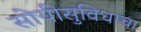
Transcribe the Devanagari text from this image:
सोयीसुविधाचा